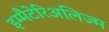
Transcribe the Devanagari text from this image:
इम्मैटेरिअलिज्म